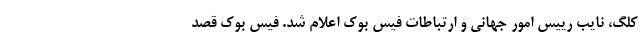
کِلِگ، نایب رییس امور جهانی و ارتباطات فیس بوک اعلام شد. فیس بوک قصد